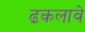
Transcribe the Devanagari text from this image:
ढकलावे